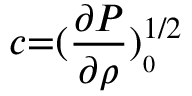
c { = } ( \frac { \partial P } { \partial \rho } ) _ { _ { 0 } } ^ { 1 / 2 }